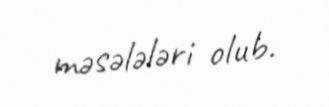
məsələləri olub.